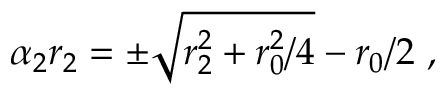
\alpha _ { 2 } r _ { 2 } = \pm \sqrt { r _ { 2 } ^ { 2 } + { r _ { 0 } ^ { 2 } / 4 } } - r _ { 0 } / 2 \ ,